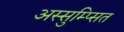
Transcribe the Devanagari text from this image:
अस्सुम्प्सित